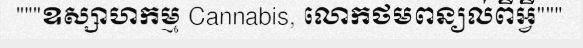
"""ឧស្សាហកម្ម Cannabis, លោកថមពន្យល់ពីអ្វី"""